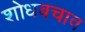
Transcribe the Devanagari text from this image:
शोधबचाव